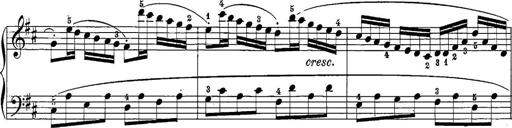
Title: 12 Sonatine per Pianoforte
Composer: Friedrich Kuhlau